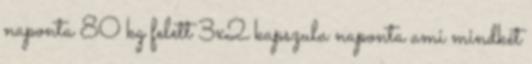
naponta 80 kg felett 3x2 kapszula naponta ami mindkét